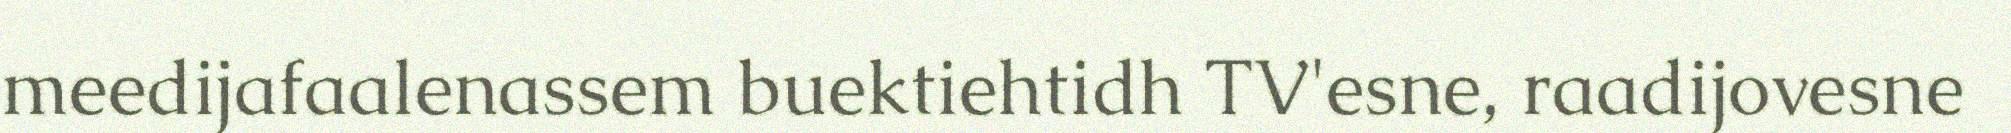
meedijafaalenassem buektiehtidh TV'esne, raadijovesne